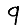
Digit: 9